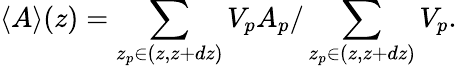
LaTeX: \langle A\rangle(z)=\sum_{z_{p}\in(z,z+dz)}V_{p}A_{p}/\sum_{z_{p}\in(z,z+dz)}V_{p}.